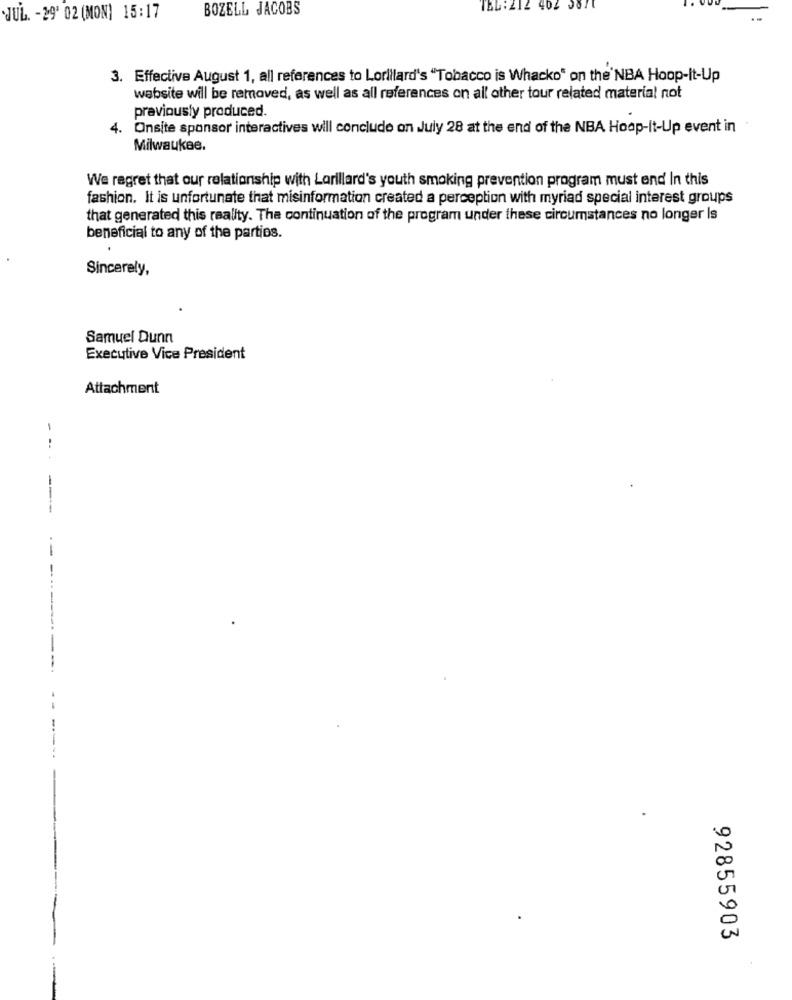
BOZELL JACOBS
TEL: 212 402 087
JUL. - 29' 02 (MON) 15:17
3. Effective August 1, all references to Lorillard's "Tobacco is Whacko" on the NBA Hoop-It-Up
website will be removed, as well as all references on all other tour related material not
previously produced.
4.
Onsite sponsor interactives will conclude on July 28 at the end of the NBA Hoop-It-Up event in
Milwaukee.
We regret that our relationship with Lorillard's youth smoking prevention program must end In this
fashion. It is unfortunate that misinformation created a perception with myriad special interest groups
that generated this reality. The continuation of the program under these circumstances no longer Is
beneficial to any of the parties.
Sincerely,
Samuel Dunn
Executive Vice President
Attachment
--
.-
92855903